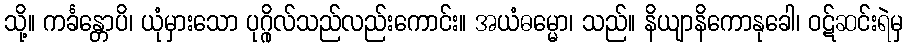
သို့။ ကင်္ခန္တောပိ၊ ယုံမှားသော ပုဂ္ဂိုလ်သည်လည်းကောင်း။ အယံဓမ္မော၊ သည်။ နိယျာနိကောနုခေါ၊ ဝဋ်ဆင်းရဲမှ